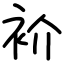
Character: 衸